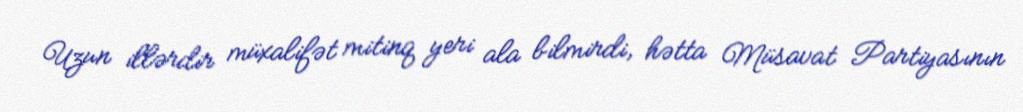
Uzun illərdir müxalifət mitinq yeri ala bilmirdi, hətta Müsavat Partiyasının